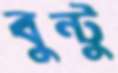
বুন্টু